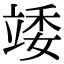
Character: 𥪍